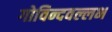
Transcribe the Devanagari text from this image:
गोविन्दवल्लभ